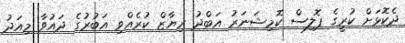
ދެކޮޅަށް ކުރީގެ ޕޮލިސް ކޮމިޝަނަރު އަބްދު ރިޔާޒް ކުރެއްވި އަބުރުގެ ދައުވާ މިއަދު